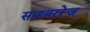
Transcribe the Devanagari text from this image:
साइबररेज़